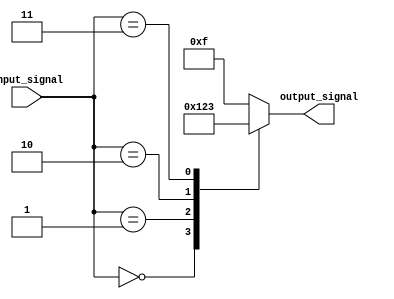
module dont_care_case (
    input [2:0] input_signal,
    output reg [3:0] output_signal
);

always @* begin
    case (input_signal)
        3'b000: output_signal = 4'b0000;
        3'b001: output_signal = 4'b0001;
        3'b010: output_signal = 4'b0010;
        3'b011: output_signal = 4'b0011;
        default: output_signal = 4'b1111; // don't care case
    endcase
end

endmodule